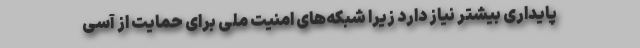
پایداری بیشتر نیاز دارد زیرا شبکه‌های امنیت ملی برای حمایت از آسی